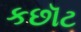
કછૉટ